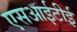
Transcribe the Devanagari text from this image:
एसआईटीई